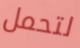
لتحمل